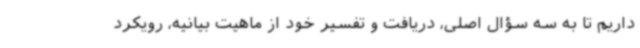
داریم تا به سه سؤال اصلی، دریافت و تفسیر خود از ماهیت بیانیه، رویکرد